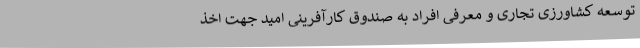
توسعه کشاورزی تجاری و معرفی افراد به صندوق کارآفرینی امید جهت اخذ